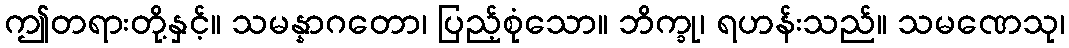
ဤတရားတို့နှင့်။ သမန္နာဂတော၊ ပြည့်စုံသော။ ဘိက္ခု၊ ရဟန်းသည်။ သမဏေသု၊